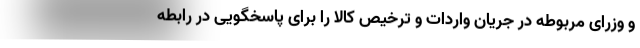
و وزرای مربوطه در جریان واردات و ترخیص کالا را برای پاسخگویی در رابطه